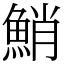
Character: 鮹